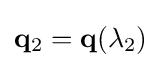
\mathbf {q} _{2}=\mathbf {q} (\lambda _{2})